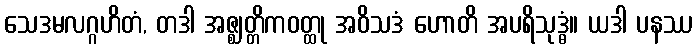
သေဒမလဂ္ဂဟိတံ, တဒါ အဇ္ဈတ္တိကဝတ္ထု အဝိသဒံ ဟောတိ အပရိသုဒ္ဓံ။ ယဒါ ပနဿ